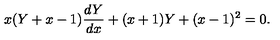
x ( Y + x - 1 ) \frac { d Y } { d x } + ( x + 1 ) Y + ( x - 1 ) ^ { 2 } = 0 .